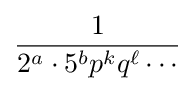
{\frac {1}{2^{a}\cdot 5^{b}p^{k}q^{\ell }\cdots }}